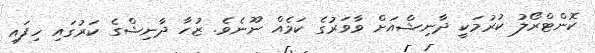
ކޮންޓްރޯލު ކުރުމަކީ ދާނިޝްއަށް ވާވަރުގެ ކަމެއް ނޫނެވެ. ޒުހާ ދާނިޝްގެ ކަރުގައި ހިފައި